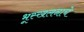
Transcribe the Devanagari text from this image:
भूस्खलनाचे